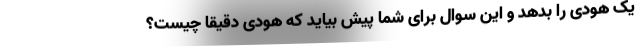
یک هودی را بدهد و این سوال برای شما پیش بیاید که هودی دقیقا چیست؟